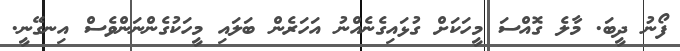
ފޯނު ދީބަ. މާލެ ގޮއްސަ މީހަކަށް ގުޅައިގެނެއްނު އަހަރެން ބަލައި މީހަކުގެންނަންވެސް އިނގޭނީ.